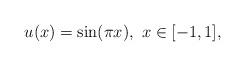
LaTeX: \begin{align*} u(x)=\sin(\pi x), ~x\in [-1,1],\end{align*}